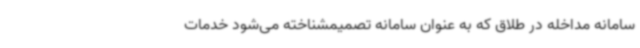
سامانه مداخله در طلاق که به عنوان سامانه تصمیمشناخته می‌شود خدمات